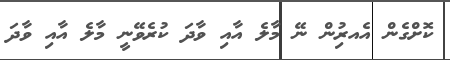
ކޮށްގެން އެއރިުން ނޭ މާލެ އާއި ވާދަ ކުރެވޭނީ މާލެ އާއި ވާދަ